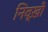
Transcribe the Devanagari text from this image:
निव्ख़ी